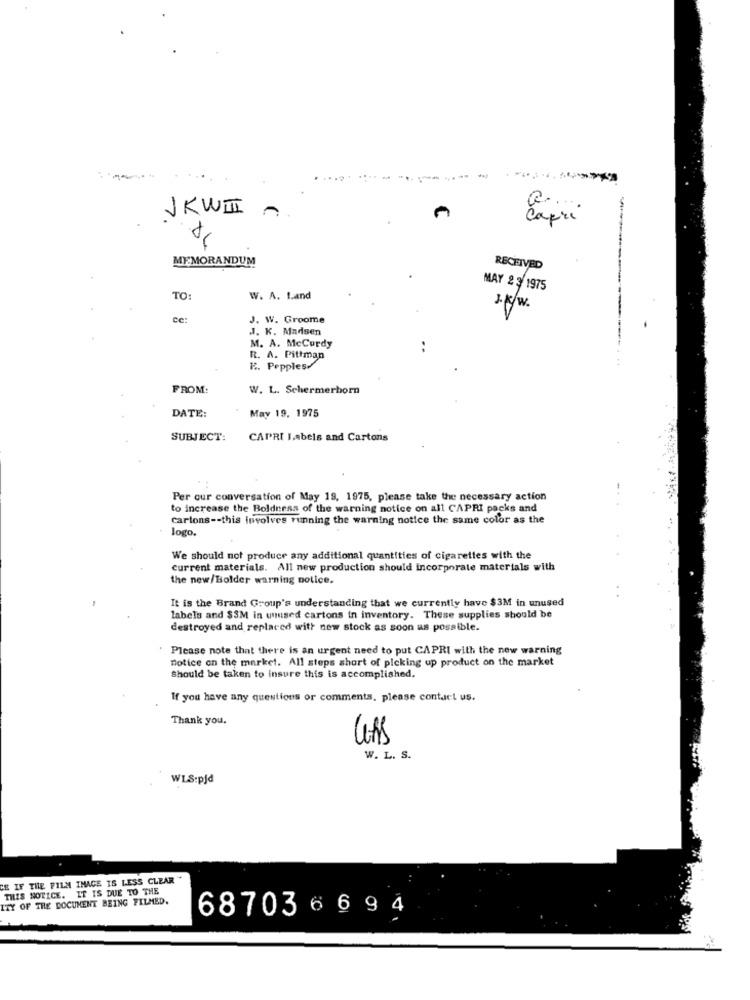
JKWIII
Capri
MEMORANDUM
RECEIVED
MAY 2 3 1975
TO:
W. A. Land
J.K/W.
cc:
J. W. Groome
J. K. Madsen
M. A. MeCurdy
R. A. Pittman
F. Pepples/
FROM:
W. L. Schermerhorn
DATE:
May 19. 1975
SUBJECT:
CAPRI Labels and Cartons
Per our conversation of May 19, 1975, please take the necessary action
to increase the Boldness of the warning notice on all CAPRI packs and
Cartons -- this involves running the warning notice the same color as the
logo.
We should not produce any additional quantities of cigarettes with the
current materials. All new production should incorporate materials with
the new/Bolder warning notice.
It is the Brand Group's understanding that we currently have $3M in unused
labels and $3M in unused cartons in inventory. These supplies should be
destroyed and replaced with new stock as soon as possible.
Please note that there is an urgent need to put CAPRI with the new warning
notice on the market. All steps short of picking up product on the market
Should be taken to insure this is accomplished.
If you have any questions or comments, please contact us.
Thank you.
W. L. S.
WLS:pjd
HE IF THE FILM INACE IS LESS CLEAR"
THIS NOTICE. IT IS DUE TO THE
ITY OF THE DOCUMENT BEING FILMED.
687036 6 94